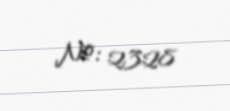
№: 2328